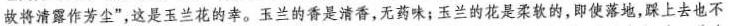
故将清露作芳尘”，这是玉兰花的幸。玉兰的香是清香，无药味；玉兰的花是柔软的，即使落地，踩上去也不